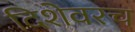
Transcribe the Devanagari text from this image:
दिशेवरच